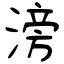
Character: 滂